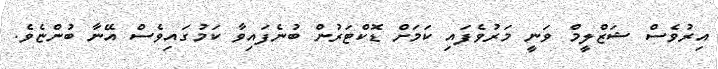
އިރުވެސް ޝަޒްލީމް ވަނީ މަރުވެފައި ކަމަށް ޑޮކްޓަރުން ބުނެފައިވާ ކަމުގައިވެސް އޭނާ ބުންޏެވެ.